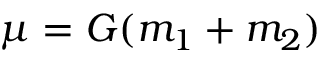
\mu = G ( m _ { 1 } + m _ { 2 } )